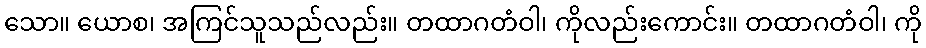
သော။ ယောစ၊ အကြင်သူသည်လည်း။ တထာဂတံဝါ၊ ကိုလည်းကောင်း။ တထာဂတံဝါ၊ ကို